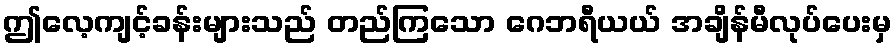
ဤလေ့ကျင့်ခန်းများသည် တည်ကြသော ဂေဘရီယယ် အချိန်မီလုပ်ပေးမှ